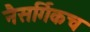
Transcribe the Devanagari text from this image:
नैसर्गिकच